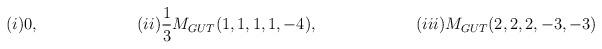
LaTeX: \begin{align*}(i) 0, \qquad\qquad\qquad (ii) \frac{1}{3}M_{GUT}(1,1,1,1,-4),\qquad\qquad\qquad(iii) M_{GUT}(2,2,2,-3,-3)\end{align*}